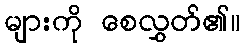
များကို စေလွှတ်၏။